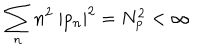
LaTeX: \sum _ { n } n ^ { 2 } ~ | p _ { n } | ^ { 2 } = N _ { p } ^ { 2 } < \infty